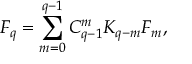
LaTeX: F _ { q } = \sum _ { m = 0 } ^ { q - 1 } C _ { q - 1 } ^ { m } K _ { q - m } F _ { m } ,